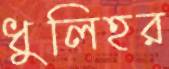
ধুলিহর